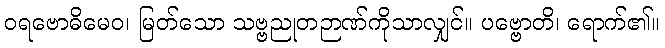
ဝရဗောဓိမေဝ၊ မြတ်သော သဗ္ဗညုတဉာဏ်ကိုသာလျှင်။ ပဗ္ဗောတိ၊ ရောက်၏။